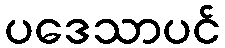
ပဒေသာပင်